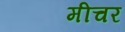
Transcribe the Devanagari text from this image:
मीचर